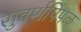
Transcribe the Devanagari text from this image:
सुवर्णपिंपळ